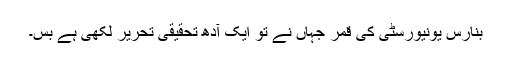
بنارس یونیورسٹی کی قمر جہاں نے تو ایک آدھ تحقیقی تحریر لکھی ہے بس۔